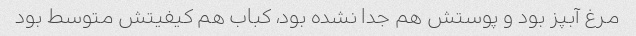
مرغ آبپز بود و پوستش هم جدا نشده بود، کباب هم کیفیتش متوسط بود